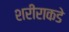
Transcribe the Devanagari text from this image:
शरीराकडे